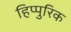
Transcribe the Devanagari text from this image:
हिप्पुरिक